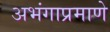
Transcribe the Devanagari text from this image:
अभंगाप्रमाणे